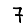
Digit: 7